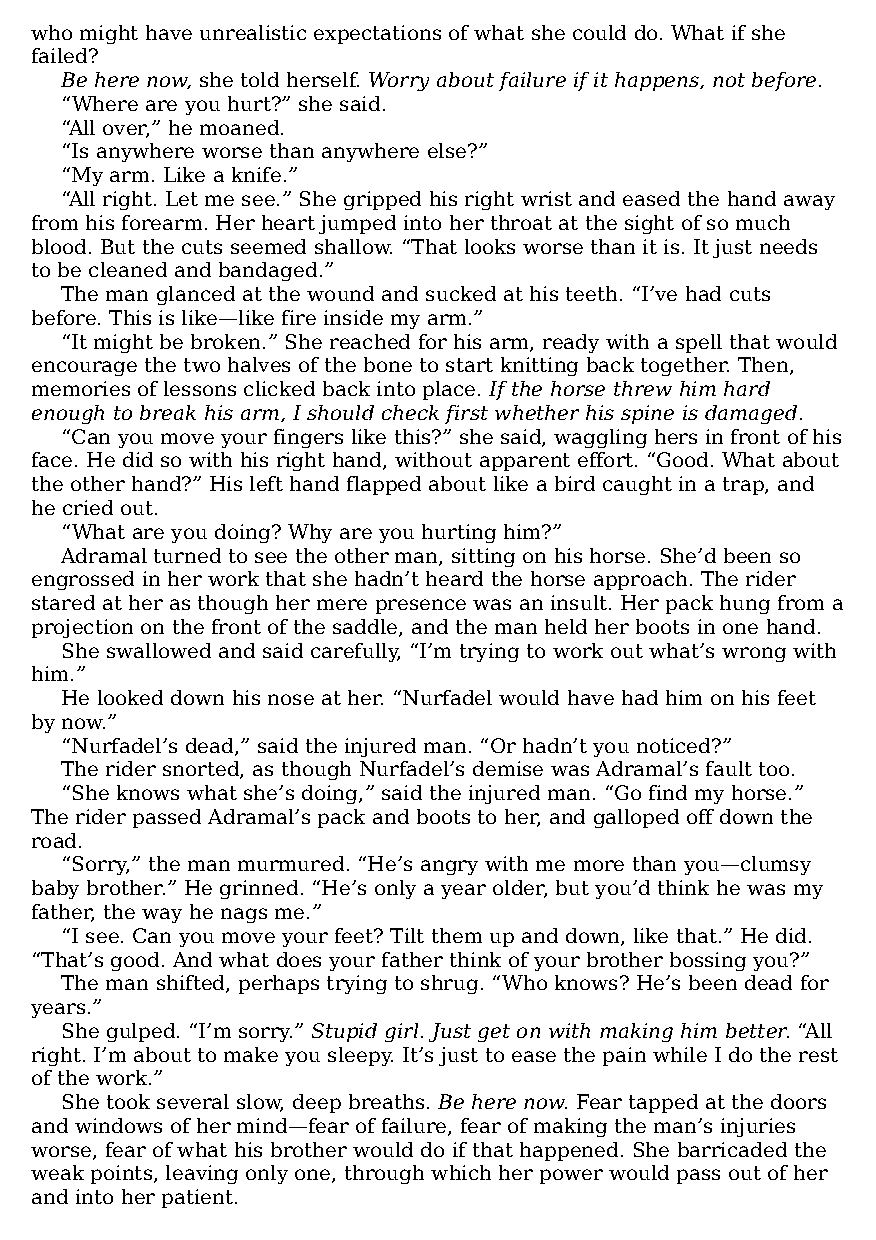
who might have unrealistic expectations of what she could do. What if she
 failed?
 Be here now, she told herself. Worry about failure if it happens, not before.
 “Where are you hurt?” she said.
 “All over,” he moaned.
 “Is anywhere worse than anywhere else?”
 “My arm. Like a knife.”
 “All right. Let me see.” She gripped his right wrist and eased the hand away
 from his forearm. Her heart jumped into her throat at the sight of so much
 blood. But the cuts seemed shallow. “That looks worse than it is. It just needs
 to be cleaned and bandaged.”
 The man glanced at the wound and sucked at his teeth. “I’ve had cuts
 before. This is like—​like fire inside my arm.”
 “It might be broken.” She reached for his arm, ready with a spell that would
 encourage the two halves of the bone to start knitting back together. Then,
 memories of lessons clicked back into place. If the horse threw him hard
 enough to break his arm, I should check first whether his spine is damaged.
 “Can you move your fingers like this?” she said, waggling hers in front of his
 face. He did so with his right hand, without apparent effort. “Good. What about
 the other hand?” His left hand flapped about like a bird caught in a trap, and
 he cried out.
 “What are you doing? Why are you hurting him?”
 Adramal turned to see the other man, sitting on his horse. She’d been so
 engrossed in her work that she hadn’t heard the horse approach. The rider
 stared at her as though her mere presence was an insult. Her pack hung from a
 projection on the front of the saddle, and the man held her boots in one hand.
 She swallowed and said carefully, “I’m trying to work out what’s wrong with
 him.”
 He looked down his nose at her. “Nurfadel would have had him on his feet
 by now.”
 “Nurfadel’s dead,” said the injured man. “Or hadn’t you noticed?”
 The rider snorted, as though Nurfadel’s demise was Adramal’s fault too.
 “She knows what she’s doing,” said the injured man. “Go find my horse.”
 The rider passed Adramal’s pack and boots to her, and galloped off down the
 road.
 “Sorry,” the man murmured. “He’s angry with me more than you—​clumsy
 baby brother.” He grinned. “He’s only a year older, but you’d think he was my
 father, the way he nags me.”
 “I see. Can you move your feet? Tilt them up and down, like that.” He did.
 “That’s good. And what does your father think of your brother bossing you?”
 The man shifted, perhaps trying to shrug. “Who knows? He’s been dead for
 years.”
 She gulped. “I’m sorry.” Stupid girl. Just get on with making him better. “All
 right. I’m about to make you sleepy. It’s just to ease the pain while I do the rest
 of the work.”
 She took several slow, deep breaths. Be here now. Fear tapped at the doors
 and windows of her mind—​fear of failure, fear of making the man’s injuries
 worse, fear of what his brother would do if that happened. She barricaded the
 weak points, leaving only one, through which her power would pass out of her
 and into her patient.